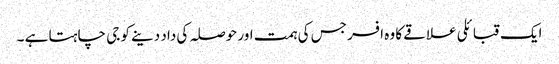
ایک قبائلی علاقے کا وہ افسر جس کی ہمت اور حوصلہ کی داد دینے کو جی چاہتا ہے ۔